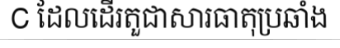
C ដែលដើរតួជាសារធាតុប្រឆាំង